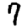
Digit: 7